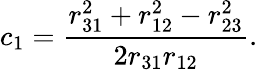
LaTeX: c_{1}=\frac{r_{31}^{2}+r_{12}^{2}-r_{23}^{2}}{2r_{31}r_{12}}.